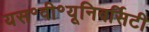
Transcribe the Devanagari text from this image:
यस॰वी॰यूनिवर्सिटी